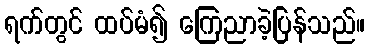
ရက်တွင် ထပ်မံ၍ ကြေညာခဲ့ပြန်သည်။